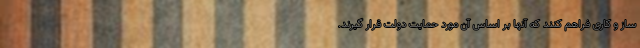
ساز و کاری فراهم کنند که آنها بر اساس آن مورد حمایت دولت قرار گیرند.